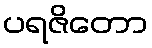
ပရဇိတော